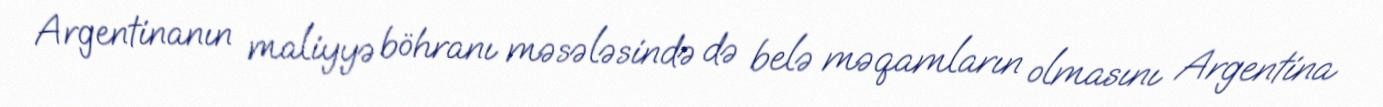
Argentinanın maliyyə böhranı məsələsində də belə məqamların olmasını Argentina